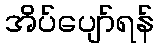
အိပ်ပျော်ရန်